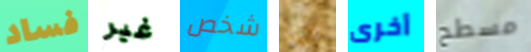
فساد غير شخص وكن أخرى مسطح